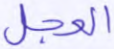
العجل